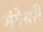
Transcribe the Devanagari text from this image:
गंगेश्वरी